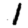
Digit: 1